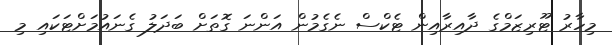
މިހާރު ޓޫރިޒަމްގެ ދާއިރާއިން ޓެކްސް ނެގެމުން އަންނަ ގޮތަށް ބަދަލު ގެނައުމަށްޓަކައި މި